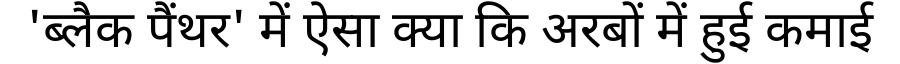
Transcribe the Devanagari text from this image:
'ब्लैक पैंथर' में ऐसा क्या कि अरबों में हुई कमाई